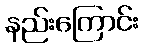
နည်းကြောင်း